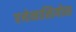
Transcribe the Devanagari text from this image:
एथेनासियोस